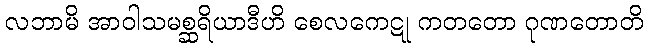
လဘာမိ အာဝါသမစ္ဆရိယာဒီဟိ စေလကေဋု ကတတော ဂုဏတောတိ